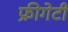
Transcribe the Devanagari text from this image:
फ्रीगेटी